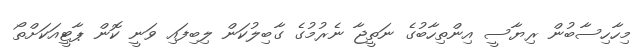
މިހާހިސާބުން ރިޔާސީ އިންތިހާބުގެ ނަތީޖާ ނެރުމުގެ ގާބިލުކަން ލިބިފައި ވަނީ ކޮން ޕާޓީއަކަށްތޯ